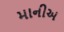
માનીઅ